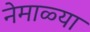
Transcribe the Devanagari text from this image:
नेमाळ्या